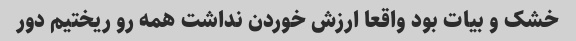
خشک و بیات بود واقعا ارزش خوردن نداشت همه رو ریختیم دور